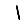
Digit: 1